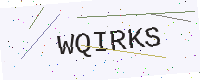
Text: WQIRKS